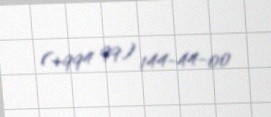
(+994 99) 144-44-00